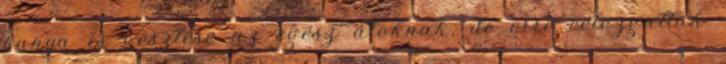
banya is vesztese az egész átoknak, de erre célozgattak